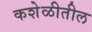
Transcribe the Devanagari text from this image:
कशेळीतील